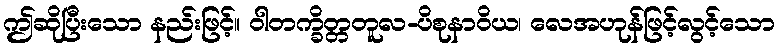
ဤဆိုပြီးသော နည်းဖြင့်။ ဝါတက္ခိတ္တတူလ-ပိစုနာဝိယ၊ လေအဟုန်ဖြင့်လွင့်သော